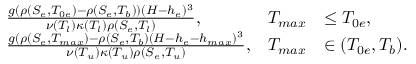
\begin{array} { r l r l r } & { \frac { g ( \rho ( S _ { e } , T _ { 0 e } ) - \rho ( S _ { e } , T _ { b } ) ) ( H - h _ { e } ) ^ { 3 } } { \nu ( T _ { l } ) \kappa ( T _ { l } ) \rho ( S _ { e } , T _ { l } ) } , } & { T _ { m a x } } & { \le T _ { 0 e } , } & \\ & { \frac { g ( \rho ( S _ { e } , T _ { m a x } ) - \rho ( S _ { e } , T _ { b } ) ( H - h _ { e } - h _ { m a x } ) ^ { 3 } } { \nu ( T _ { u } ) \kappa ( T _ { u } ) \rho ( S _ { e } , T _ { u } ) } , } & { T _ { m a x } } & { \in ( T _ { 0 e } , T _ { b } ) . } & \end{array}